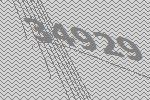
34929